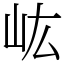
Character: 𡵓